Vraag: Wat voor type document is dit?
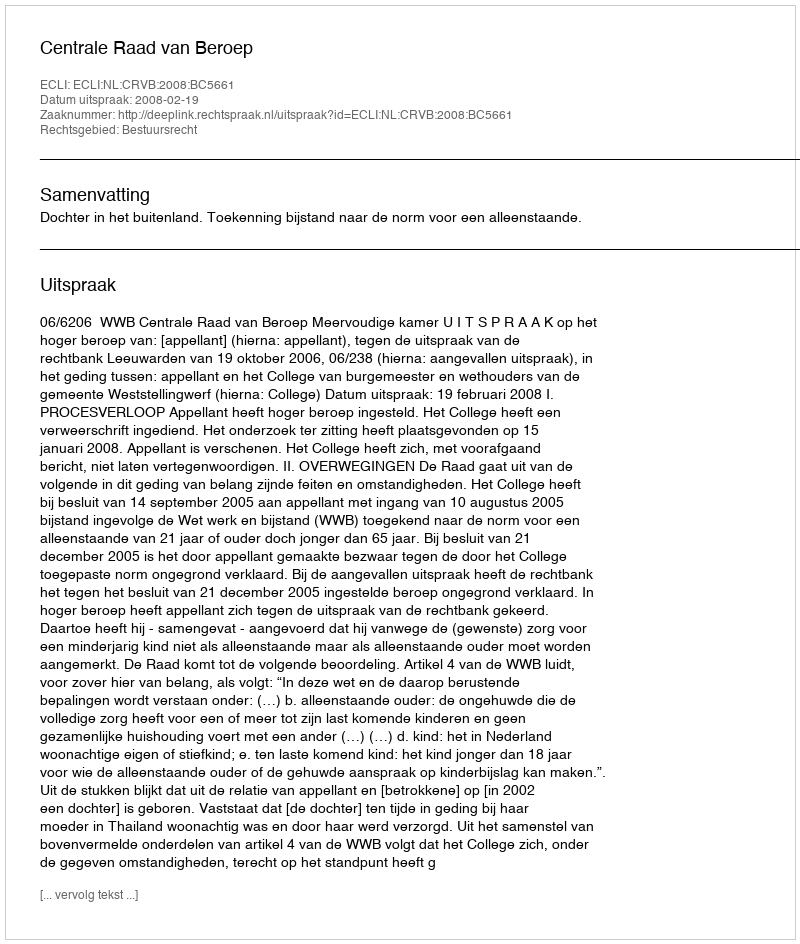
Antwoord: Uitspraak